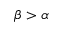
\beta > \alpha